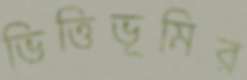
ভিত্তিভূমির